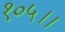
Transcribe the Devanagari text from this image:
१०५।।